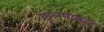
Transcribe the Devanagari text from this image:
फुलपात्रही